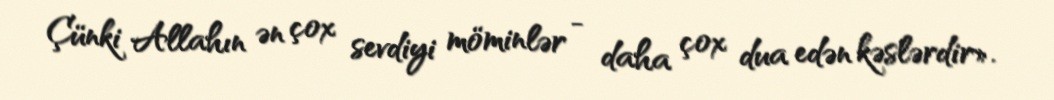
Çünki Allahın ən çox sevdiyi möminlər - daha çox dua edən kəslərdir».